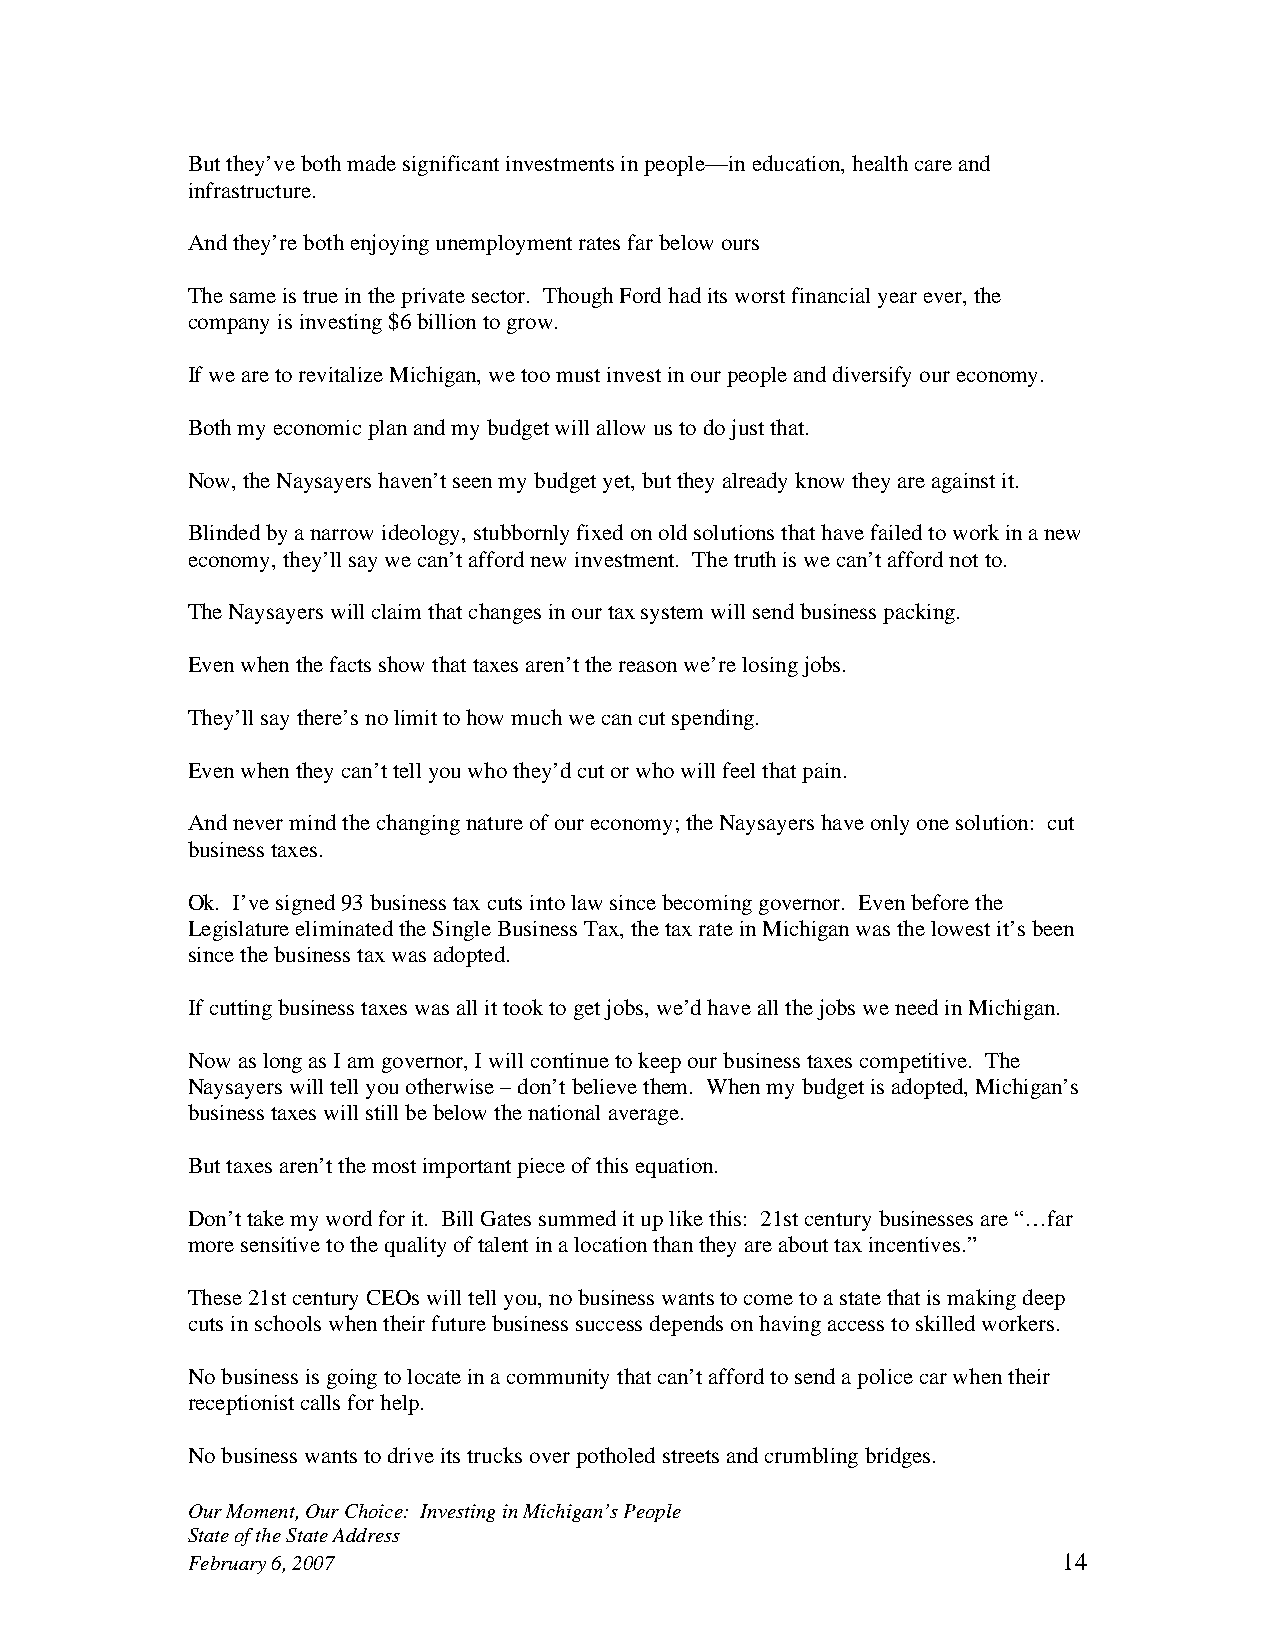
But they’ve both made significant investments in people—in education, health care and
 infrastructure.
 And they’re both enjoying unemployment rates far below ours
 The same is true in the private sector. Though Ford had its worst financial year ever, the
 company is investing $6 billion to grow.
 If we are to revitalize Michigan, we too must invest in our people and diversify our economy.
 Both my economic plan and my budget will allow us to do just that.
 Now, the Naysayers haven’t seen my budget yet, but they already know they are against it.
 Blinded by a narrow ideology, stubbornly fixed on old solutions that have failed to work in a new
 economy, they’ll say we can’t afford new investment. The truth is we can’t afford not to.
 The Naysayers will claim that changes in our tax system will send business packing.
 Even when the facts show that taxes aren’t the reason we’re losing jobs.
 They’ll say there’s no limit to how much we can cut spending.
 Even when they can’t tell you who they’d cut or who will feel that pain.
 And never mind the changing nature of our economy; the Naysayers have only one solution: cut
 business taxes.
 Ok. I’ve signed 93 business tax cuts into law since becoming governor. Even before the
 Legislature eliminated the Single Business Tax, the tax rate in Michigan was the lowest it’s been
 since the business tax was adopted.
 If cutting business taxes was all it took to get jobs, we’d have all the jobs we need in Michigan.
 Now as long as I am governor, I will continue to keep our business taxes competitive. The
 Naysayers will tell you otherwise – don’t believe them. When my budget is adopted, Michigan’s
 business taxes will still be below the national average.
 But taxes aren’t the most important piece of this equation.
 Don’t take my word for it. Bill Gates summed it up like this: 21st century businesses are “…far
 more sensitive to the quality of talent in a location than they are about tax incentives.”
 These 21st century CEOs will tell you, no business wants to come to a state that is making deep
 cuts in schools when their future business success depends on having access to skilled workers.
 No business is going to locate in a community that can’t afford to send a police car when their
 receptionist calls for help.
 No business wants to drive its trucks over potholed streets and crumbling bridges.
 Our Moment, Our Choice: Investing in Michigan’s People
 State of the State Address
 February 6, 2007                                          14